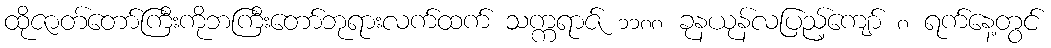
ထိုဇာတ်တော်ကြီးကိုဘကြီးတော်ဘုရားလက်ထက် သက္ကရာဇ် ၁၁၈၈ ခုနယုန်လပြည့်ကျော် ၈ ရက်နေ့တွင်